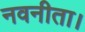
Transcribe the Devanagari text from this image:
नवनीता।